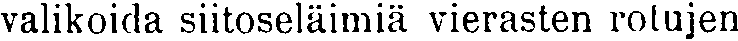
valikoida siitoseläimiä vierasten rotujen